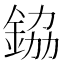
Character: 𮡷